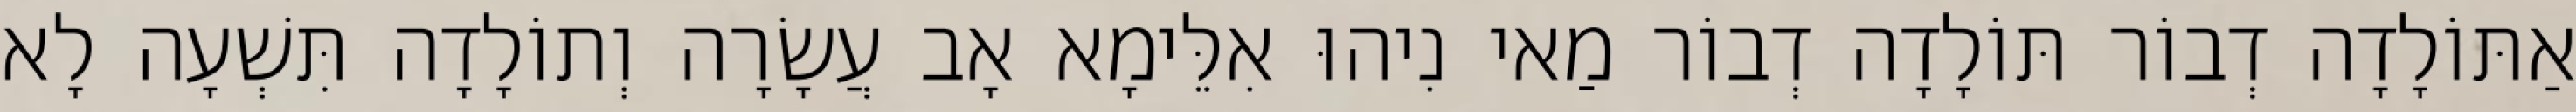
אַתּוֹלָדָה דְבוֹר תּוֹלָדָה דְבוֹר מַאי נִיהוּ אִלֵּימָא אָב עֲשָׂרָה וְתוֹלָדָה תִּשְׁעָה לָא